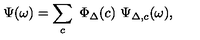
\Psi ( \omega ) = \sum _ { c } \ \Phi _ { \Delta } ( c ) \ \Psi _ { \Delta , c } ( \omega ) ,